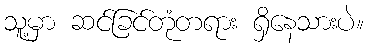
သူ့မှာ ဆင်ခြင်တုံတရား ရှိနေသားပဲ။